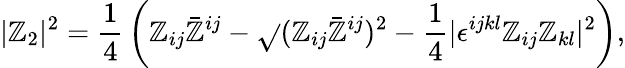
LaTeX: |\mathbb{Z}_{2}|^{2}={\frac{{1}}{{4}}}\left(\mathbb{Z}_{ij}\bar{{\mathbb{Z}}}^{ij}-\sqrt{}{{(\mathbb{Z}_{ij}\bar{{\mathbb{Z}}}^{ij})^{2}-{\frac{{1}}{{4}}}|\epsilon^{ijkl}\mathbb{Z}_{ij}\mathbb{Z}_{kl}|^{2}}}\right),